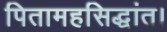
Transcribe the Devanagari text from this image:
पितामहसिद्धांत।